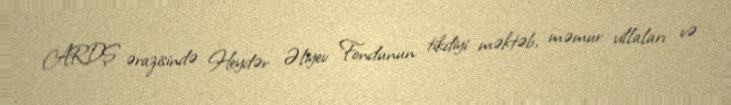
ARDŞ ərazisində Heydər Əliyev Fondunun tikdiyi məktəb, məmur villaları və